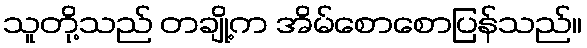
သူတို့သည် တချို့က အိမ်စောစောပြန်သည်။